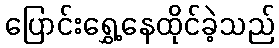
ပြောင်းရွှေ့နေထိုင်ခဲ့သည်